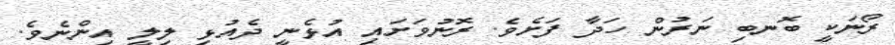
ރޯނަކީ ބޮނބި ނަރުން ހަދާ ފަށެވެ. ރޮނުވަށައި އުޅެނީ ދެއުޅި ލިލީ އިންނެވެ.